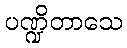
ပဏ္ဍိတာသေ